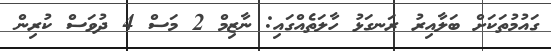
ގައުމުތަކަށް ބަލާއިރު ރަނގަޅު ހާލަތެއްގައި: ނާޒިމް 2 މަސް 4 ދުވަސް ކުރިން